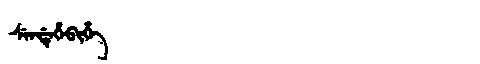
Manchu: ᠰᡝᠨᡩᡝᡥᡝᠪᡳᡥᡝ
Romanization: SENDEHEBIHE